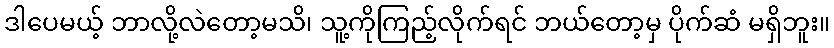
ဒါပေမယ့် ဘာလို့လဲတော့မသိ၊ သူ့ကိုကြည့်လိုက်ရင် ဘယ်တော့မှ ပိုက်ဆံ မရှိဘူး။